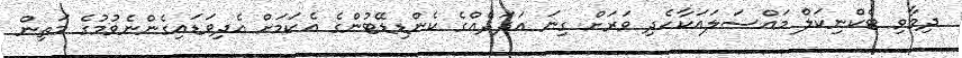
ދިމާވި ޓެކްނިކަލް މައްސަލައަކާހެދި ވަރަށް ގިނަ އަދަދެއްގެ ކެންޑިޑޭޓުންގެ އެކަމަށް އެދިވަޑައިގެންނެވުމުގެ މަތިން